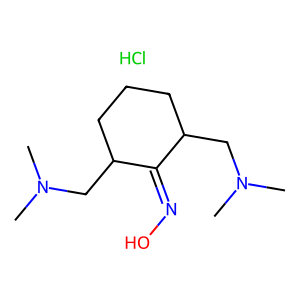
SMILES: CN(C)CC1CCCC(CN(C)C)C1=NO.Cl
Inhibits HIV replication: No